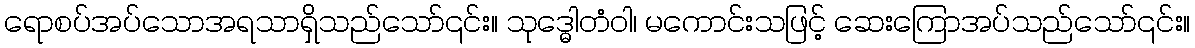
ရောစပ်အပ်သောအရသာရှိသည်သော်၎င်း။ သုဒ္ဓေါတံဝါ၊ မကောင်းသဖြင့် ဆေးကြောအပ်သည်သော်၎င်း။